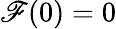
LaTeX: \mathscr{F}(0)=0